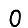
Digit: 0